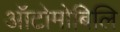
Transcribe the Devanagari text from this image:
ऑटोमोबिलि